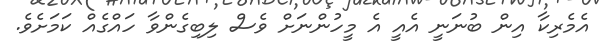
އެމެރިކާ އިން ބުނަނީ އެއީ އެ މީހުންނަށް ވެސް ލިބިގެންވާ ހައްގެއް ކަމަށެވެ.